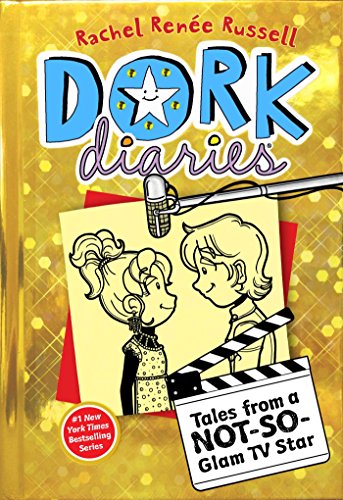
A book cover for Dork Diaries 7: Tales from a Not-So-Glam TV Star; Rachel RenÃ©e Russell; Children's Books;